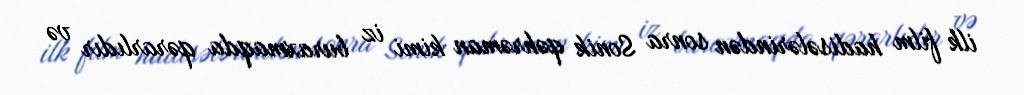
ilk film hadisələrindən sonra Sonik qəhrəman kimi iz buraxmaqda qərarlıdır və